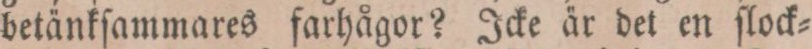
betänkſammares farhågor? Icke är det en ſlock=